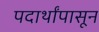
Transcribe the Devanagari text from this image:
पदार्थांपासून